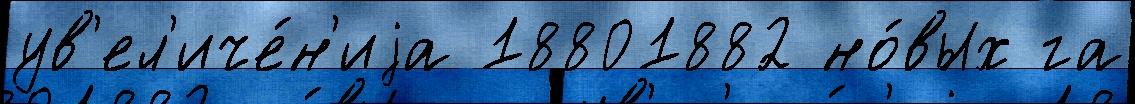
ув'ел'иче́н'иjа 18801882 но́вых га